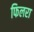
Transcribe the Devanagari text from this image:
फिलरा